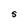
Character: S